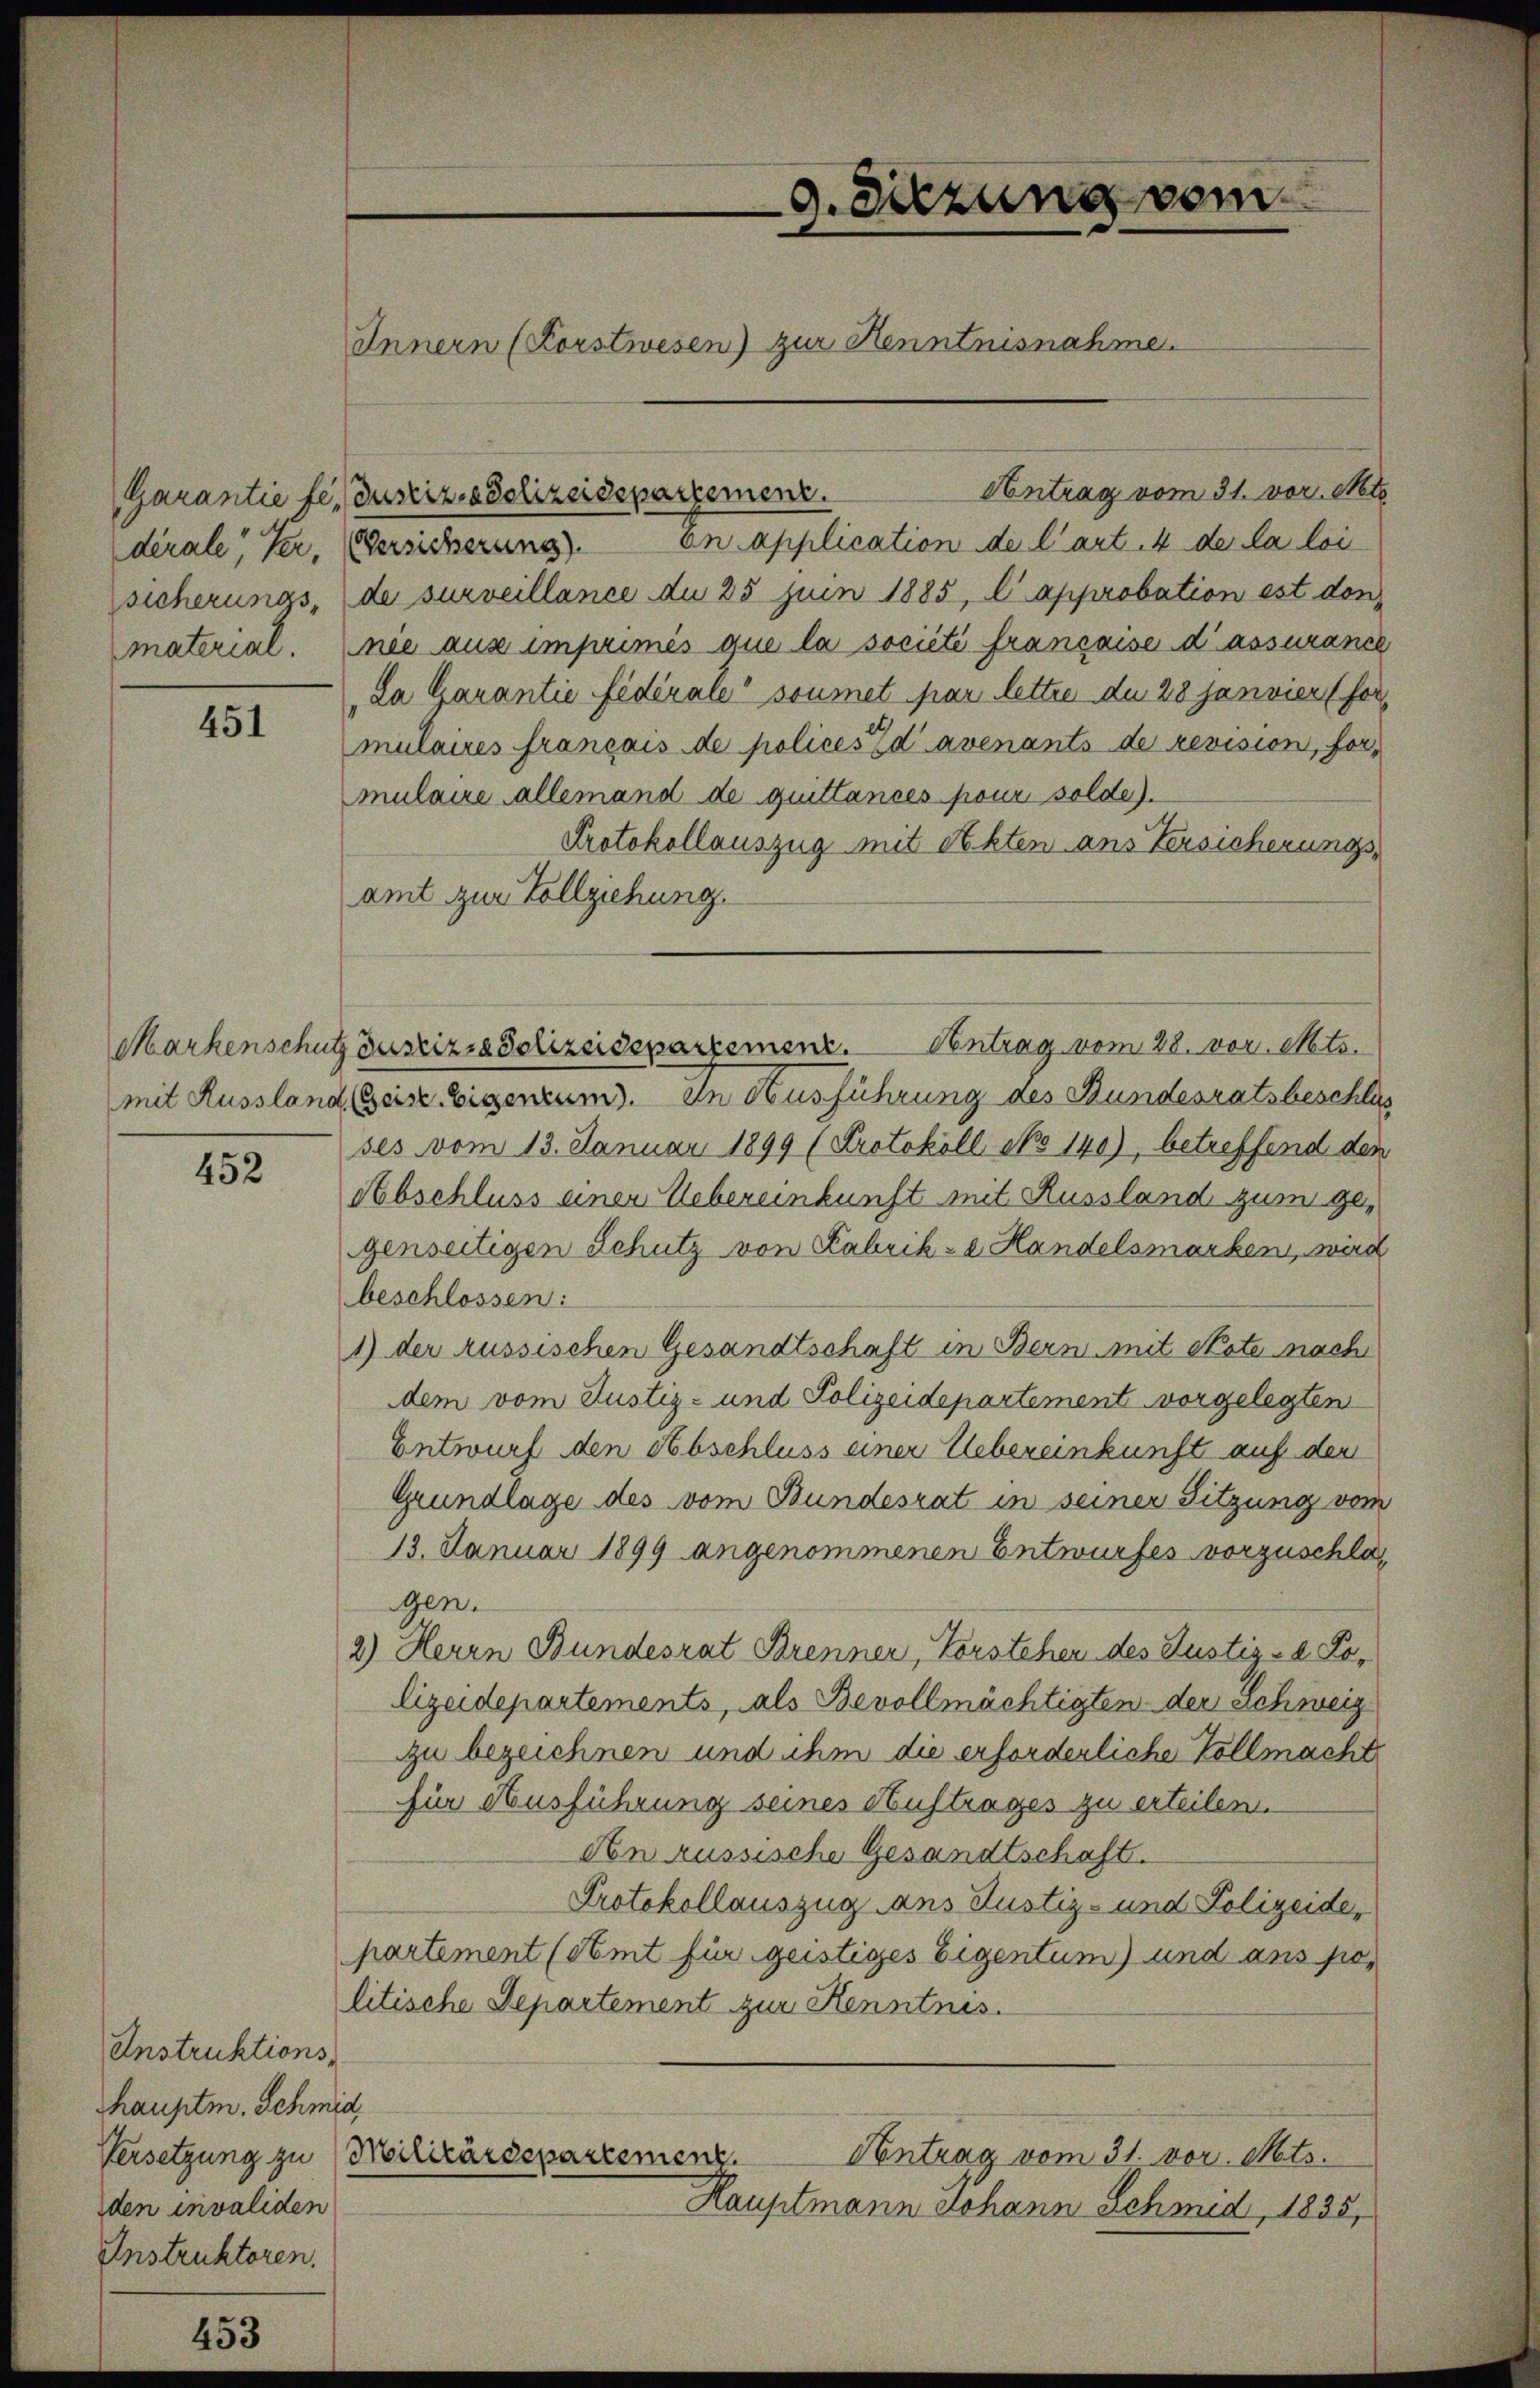
451

452

Instruktions-
hauptm. Schmid,
den invaliden
Instruktoren.

9. Sitzung vom
Innern (Korstwesen) zur Henntnisnahme.

Antrag vom 31. vor. Mts.
Garantie fe, Justiz- & Polizeidepartement.
dérale Ver, Versicherung). In application de l’art. 4 de la loi
sicherungs- de surveillance du 25 Juin 1885, l approbation est don
material. nie aus imprimés que la société française d’assuranch
La Garantie fédérale“ soumet par lettre du 28 Janvier (for
mulaires français de polices d’avenants de revision, formulaire allemand de quittances pour solde).
Protokollauszug mit Akten aus Versicherungsamt zur Vollziehung.
mit Aussland Geise Eigentum. In Ausführung des Bundesratsbeschla
ses vom 13. Januar 1899 (Protokoll No 140), betreffend der
Abschluss einer Uebereinkunft mit Russland zum gegenseitigen Schutz von Kabrike Handelsmarken, wird
beschlossen:
1) der russischen Gesandtschaft in Bern mit Note nach
dem vom Justiz- und Polizeidepartement vorgelegten
Entwurf den Abschluss einer Uebereinkunft auf den
Grundlage des vom Bundesrat in seiner Sitzung von
13. Januar 1899 angenommenen Entwurfes vorzuschlagen.
2) Herrn Bundesrat Brenner, Vorstehen des Justiz- & Lolizeidepartements, als Bevollmächtigten der Schweiz
zu bezeichnen und ihm die erforderliche Vollmacht
für Ausführung seines Auftrages zu erteilen.
Non russische Gesandtschaft.
Protokollauszug ans Justiz- und Polizeide,
partement (seit für geistiges Eigentum) und ans politische Departement zur Kenntnis.
Antrag vom 31. vor. Mts.
Versetzung zu Militärdepartement.
Hauptmann Johann Schmid, 1835,

Markenschutz Justiz- & Polizeidepartemenz. Antrag vom 28. vor. Mts.